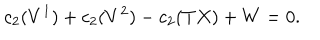
LaTeX: c _ { 2 } ( V ^ { 1 } ) + c _ { 2 } ( V ^ { 2 } ) - c _ { 2 } ( T X ) + W = 0 .